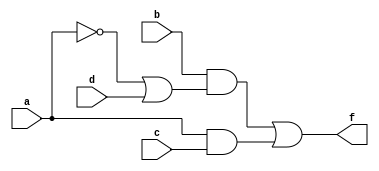
module MultiLevelSimplification (
    input wire a,    // Input variable a
    input wire b,    // Input variable b
    input wire c,    // Input variable c
    input wire d,    // Input variable d
    output wire f    // Output of the simplified logic function
);

// Step 1: Factorization
// Example logic function: f = a'b + ac + b'd
// This can be simplified to f = b(a' + d) + ac

// Intermediate signals for sub-functions
wire term1; // a' + d
wire term2; // b(a' + d)
wire term3; // ac

// Step 2: Implementing sub-functions
// Sub-function 1: term1 = a' + d
assign term1 = ~a | d; // Using NOT and OR gates

// Sub-function 2: term2 = b * term1
assign term2 = b & term1; // Using AND gate

// Sub-function 3: term3 = a * c
assign term3 = a & c; // Using AND gate

// Step 3: Combine sub-functions to form final output
assign f = term2 | term3; // Final output using OR gate

endmodule